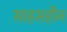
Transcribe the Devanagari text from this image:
साहसहीन